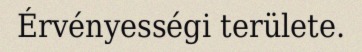
Érvényességi területe.